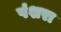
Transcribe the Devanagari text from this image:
पंशरा